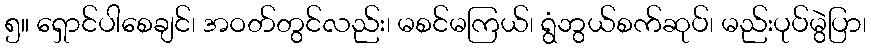
၅။ ရှောင်ပါစေချင်၊ အဝတ်တွင်လည်း၊ မစင်မကြယ်၊ ရွံဘွယ်စက်ဆုပ်၊ မည်းပုပ်မွဲပြာ၊